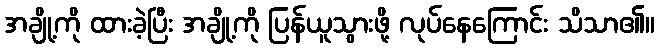
အချို့ကို ထားခဲ့ပြီး အချို့ကို ပြန်ယူသွားဖို့ လုပ်နေကြောင်း သိသာ၏။